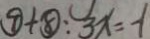
8 + 8 : 3 x = - 1